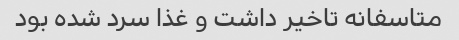
متاسفانه تاخیر داشت و غذا سرد شده بود